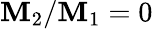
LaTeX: \mathbf{M}_{2}/\mathbf{M}_{1}=0